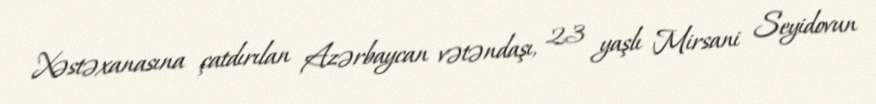
Xəstəxanasına çatdırılan Azərbaycan vətəndaşı, 23 yaşlı Mirsani Seyidovun